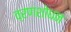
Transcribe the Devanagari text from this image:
व्रणशोधन